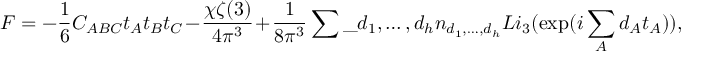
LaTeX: { \cal F } = - \frac 1 6 C _ { A B C } t _ { A } t _ { B } t _ { C } - \frac { \chi \zeta ( 3 ) } { 4 \pi ^ { 3 } } + \frac { 1 } { 8 \pi ^ { 3 } } \sum \_ { d _ { 1 } , \ldots , d _ { h } } n _ { d _ { 1 } , \ldots , d _ { h } } L i _ { 3 } ( \exp ( i \sum _ { A } d _ { A } t _ { A } ) ) ,